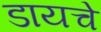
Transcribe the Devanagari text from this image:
डायचे